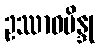
ဥဿာဝဗိန္ဒု